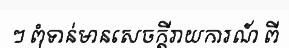
ៗ ពុំទាន់មានសេចក្តីរាយការណ៍ ពី